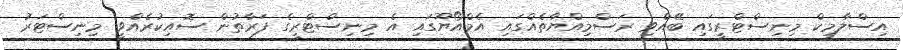
އިސްލާމިކް މިނިސްޓްރީގައި ބޭއްވި ރަސްމިއްޔާތެއްގައި އެމްއޯޔޫގައި އެ މިނިސްޓްރީގެ ފަރާތުން ސޮއިކުރެއްވީ މިނިސްޓަރު